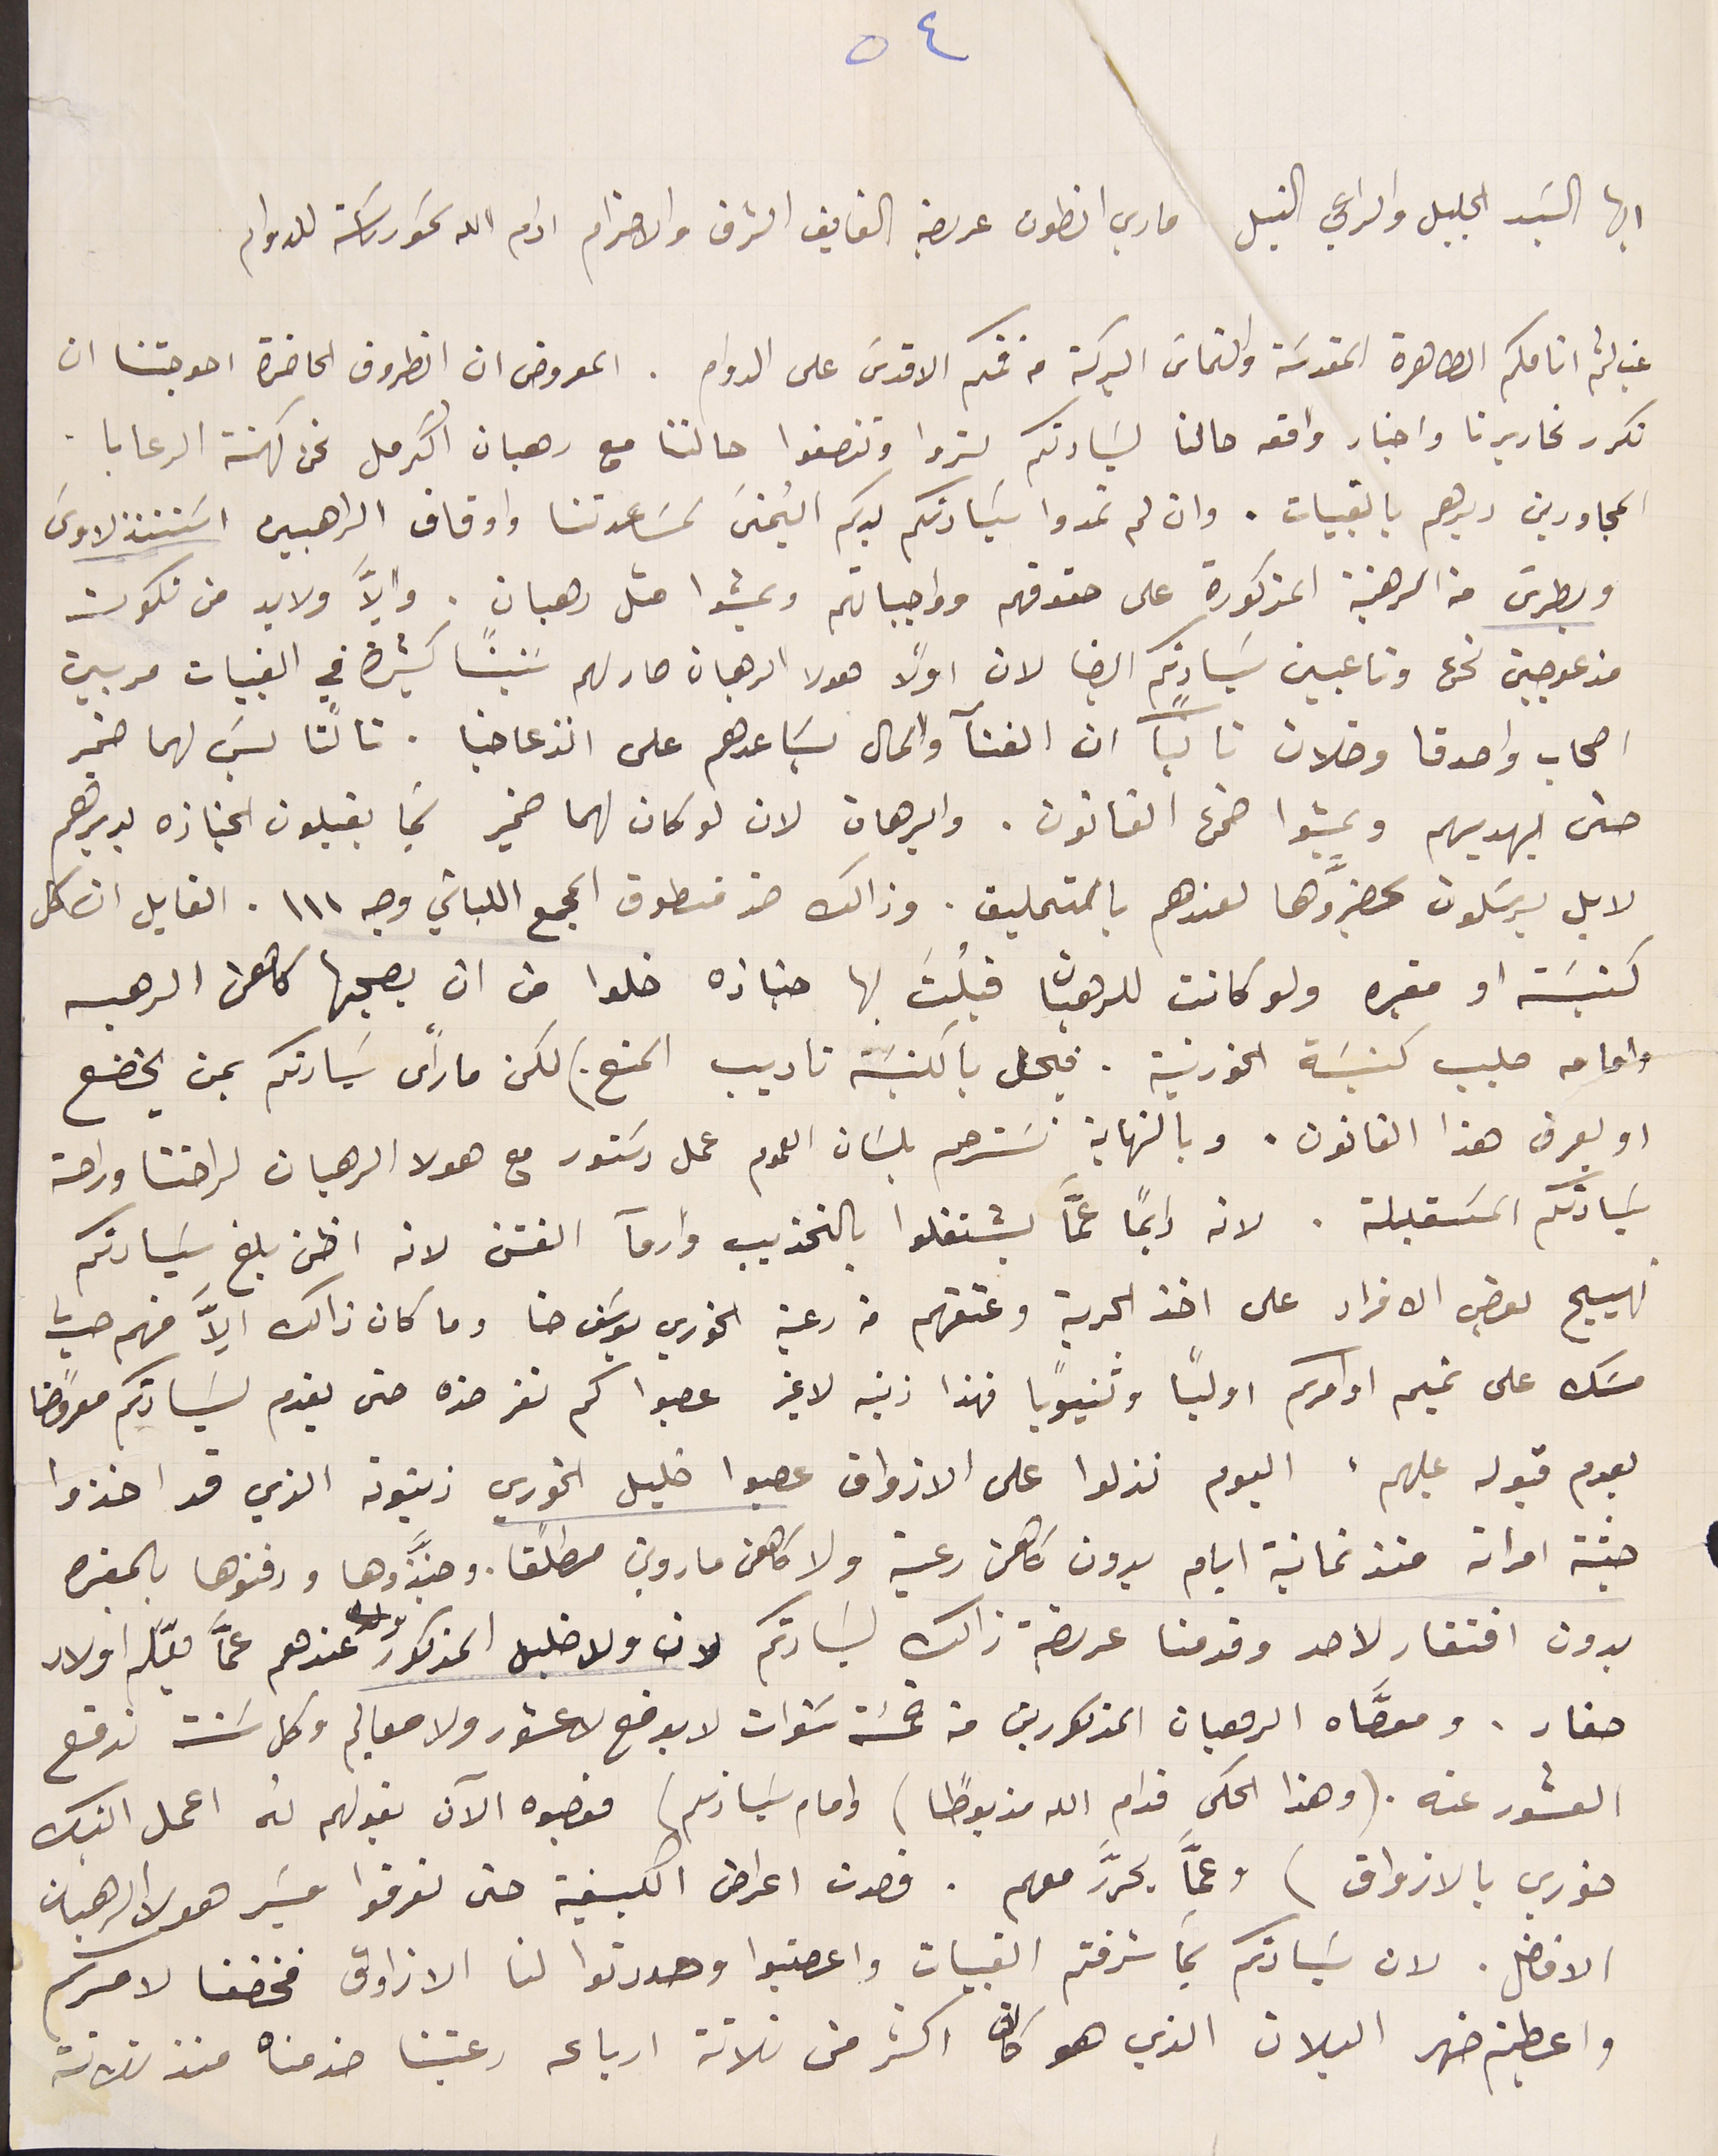
٥٤
ايها السَيد الجليل والراعي النبيل ماري انطون عريضة الفايق الشرف والاحترام ادام الله سَمو رىاسَته للدوام
غب لثم انامكم الطاهرة المقدسَة والتماس البركة من فمكم الاقدسَ على الدوام. المعروض ان الظروف الحاضرة احوجتنا ان
نكرر تحاريرنا واخبار واقع حالنا لسَيادتكم لتروا وتنصفوا حالتنا مع رهبان اكرمل نحن كهنة الرعايا.
المجاورين ديرهم بالقبيات. وان لم تمدوا سَيادتكم يدكم اليمنى لمسَاعدتنا واوقاف الراهبين اسَتنذلاوسَ
وبطرسَ من الرهنبة المذكورة على حقوقهم وواجباتهم ويمشوا متل رهبان. والاَّ ولابد من نكون
مزعوجين نحن وتاعبين سَيادتكم ايضا لان اولاً هولا الرهبان صار لهم سَنينًا كثيرة في القبيات مربين
اصحاب واصدقا وخلان ثانياً ان الغنآ والمال يسَاعدهم على انزعاجنا. ثالثا ليسَ لهما ضمير
حتى يهديهم ويمشوا ضمن القانون. والبرهان لان لو كان لهما ضمير لما يقبلون الجنازه بديرهم
لا بل يرسَلون ىحضرَّوها لعندهم بالتمليق. وذالك ضد منطوق المجمع اللبناني وجه ١١١. القايل ان كل
كنيسَة او مقبره ولو كانت للرهبان قبلُتَ بها جنازه خلوا من ان يصحبها كاهن الرهبىه
وامامه صليب كنيسَة الخورنية. فيحل بالكنيسَة تاديب المنع.) لكن ما رأى سَيادتكم بمن يخضع
او يعرف هذا القانون. وبالنهاية نسَترحم بلسَان العموم عمل دسَتور مع هولا الرهبان لراحتنا وراحة
سَيادتكم المسَقبلة. لانه دايماً عمّا يشتغلوا بالتحذيب وارمآ الفتن لانه اظن بلغ سَيادتكم
تهييح بعض الافراد على اخذ الحرية وعتقهم من رعية الخوري يوسَف حنا وما كان ذالك الاَّ منهم حيث
مسَك على تميم اوامركم اوليًا وثنيوياً فهذا ذنبه لا غير عصبوا كم نفر ضده حتى يقدم لسَيادتكم معروضًا
بعدم قبوله عليهم ، اليوم نزلوا على الازواق عصبوا خليل الخوري زيتونه الذي قد اخذوا
جثة امراته منذ ثمانية ايام بدون كاهن رعية ولا كاهن ماروني مطلقًا. وجنَّزوها ودفنوها بالمقبره
بدون افتقار لاحد وقدمنا عريضة ذالك لسَيادتكم لان ولد خليل المذكور عندهم عمّا يعَّلم اولاد
صغار. ومعصَّاه الرهبان المذكورين من خمسَة سنوات لا يدفع لا عشور ولا معاليم وكل سَنت ندفع
العشور عنه. (وهذا الحكي قدام الله مزبوطًا) وامام سَيادتكم) فعصبوه الآن بقولهم لهُ اعمل
خوري بالازواق) وعمَّا يحرَّر معهم. قصدت اعراض الكيفية حتى تعرفوا مسَير هولا الرهبان
الافاضل. لان سَيادتكم بما شرفتم القبيات واعصتبوا وهددتوا لنا الازاوق فخضعنا لامركم
واعطيتم ضهر البلان الذي هو كان اكثر من ثلاثة ارباعه رعيتنا خدمناه منذ ثلاثة